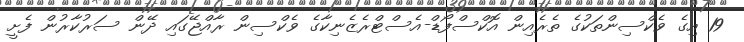
19 އިގެ ވެކްސިންތަކުގެ ތެރެއިން އޮކްސްފޯޑް-އެސްޓްރެޒެނިކާގެ ވެކްސިން ރާއްޖޭގައި ދޭން ސަރުކާރުން ފެށީ